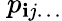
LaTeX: \ p_{\mathbf{i}j\ldots}